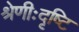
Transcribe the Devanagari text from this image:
श्रेणीःदृष्टि